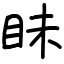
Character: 眛